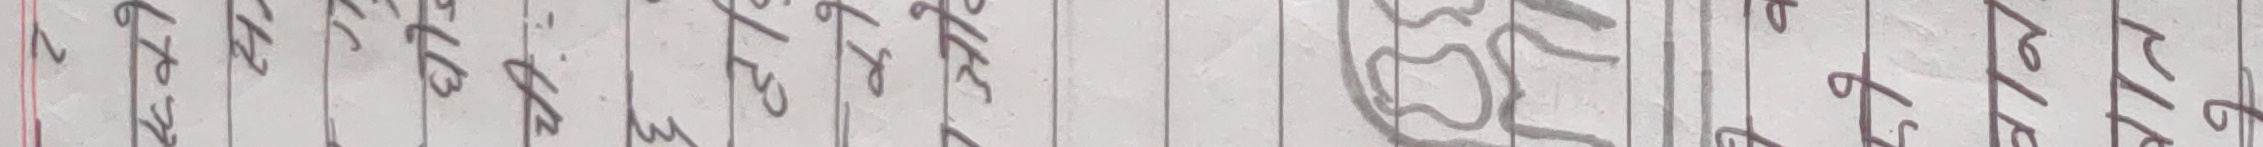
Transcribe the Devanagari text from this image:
६ २ ४ ७ ९ ३ ४ ३ १ ८
४ १ ३ ६ ८ २ २ ४ ५ ६
५ ६ २ ३ ७ १ ९ ८ ७ ९
३ ४ ५ ९ ६ ५ ६ ५ ८ १
७ ९ ८ १ ५ ४ ७ २ ९ २
२ ३ ७ ५ ४ ६ १ ९ २ ५
१ ८ ९ ४ ३ ७ ३ १ ६ ४